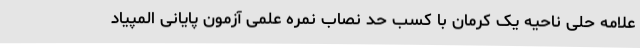
علامه حلی ناحیه یک کرمان با کسب حد نصاب نمره علمی آزمون پایانی المپیاد